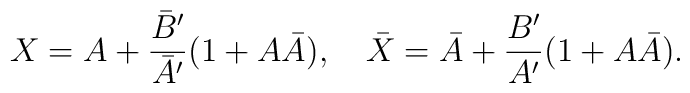
X=A+\frac{{\bar B}'}{{\bar A}'}(1+A\bar{A}),\quad\bar{X}=\bar{A}+\frac{B'}{A'}(1+A\bar{A}).